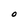
Character: O